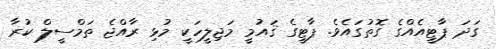
ގަދަ ޕާޓީއެއްގެ ގޮތުގައެވެ. ޕާޓީގެ ޤައުމީ މަޖިލީހަކީ މުޅި ރާއްޖެ ތަމްސީލް ކުރާ